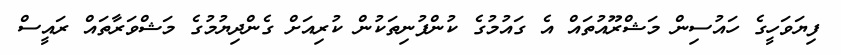
ފިޔަވަހީގެ ހައުސިން މަޝްރޫއުތައް އެ ގައުމުގެ ކުންފުނިތަކުން ކުރިއަށް ގެންދިޔުމުގެ މަޝްވަރާތައް ރައީސް